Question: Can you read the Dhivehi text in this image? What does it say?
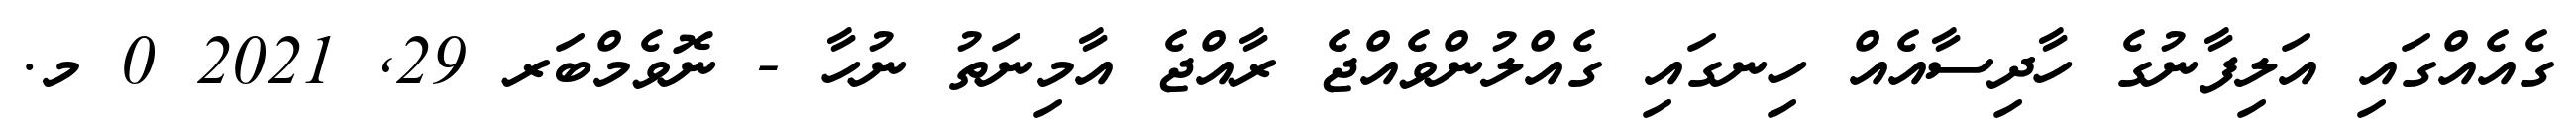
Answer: ގެއެއްގައި އަލިފާނުގެ ހާދިސާއެއް ހިނގައި ގެއްލުންވެއްޖެ ރާއްޖެ އާމިނަތު ނުހާ - ނޮވެމްބަރ 29, 2021 0 މ.